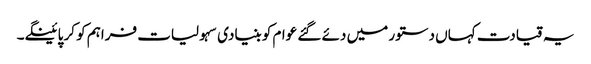
یہ قیادت کہاں دستور میں دئے گئے عوام کو بنیادی سہولیات فراہم کو کر پائینگے۔